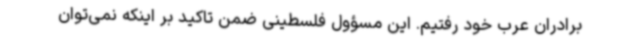
برادران عرب خود رفتیم. این مسؤول فلسطینی ضمن تاکید بر اینکه نمی‌توان